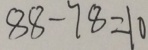
8 8 - 7 8 = 1 0